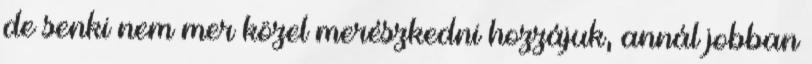
de senki nem mer közel merészkedni hozzájuk, annál jobban